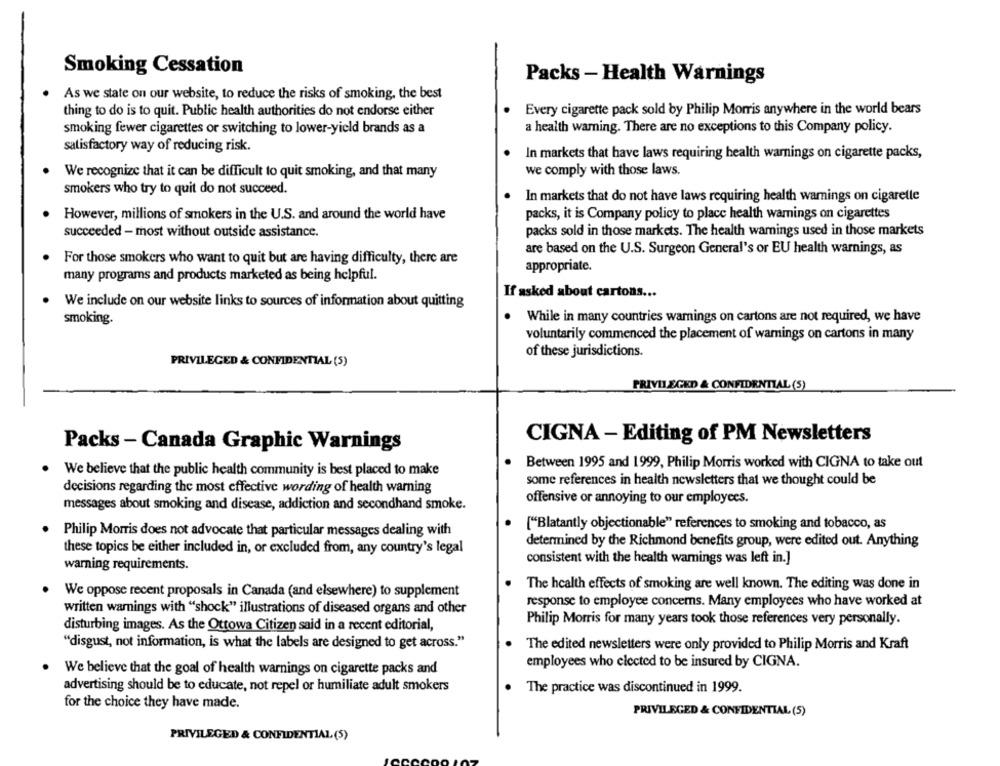
Smoking Cessation
Packs - Health Warnings
As we state on our website, to reduce the risks of smoking, the best
thing to do is to quit. Public health authorities do not endorse either
Every cigarette pack sold by Philip Morris anywhere in the world bears
smoking fewer cigarettes or switching to lower-yield brands as a
a health warning. There are no exceptions to this Company policy.
satisfactory way of reducing risk.
In markets that have laws requiring health warnings on cigarette packs,
We recognize that it can be difficult to quit smoking, and that many
we comply with those laws.
smokers who try to quit do not succeed.
In markets that do not have laws requiring health warnings on cigaretle
However, millions of smokers in the U.S. and around the world have
packs, it is Company policy to place health warnings on cigarettes
succeeded - most without outside assistance.
packs sold in those markets. The health warnings used in those markets
are based on the U.S. Surgeon General's or EU health warnings, as
For those smokers who want to quit but are having difficulty, there are
appropriate.
many programs and products marketed as being helpful.
If asked about cartons ...
We include on our website links to sources of information about quitting
smoking.
While in many countries warnings on cartons are not required, we have
voluntarily commenced the placement of warnings on cartons in many
of these jurisdictions.
PRIVILEGED & CONFIDENTIAL (5)
PRIVILEGED & CONFIDENTIAL (5)
CIGNA - Editing of PM Newsletters
Packs - Canada Graphic Warnings
Between 1995 and 1999, Philip Morris worked with CIGNA to take out
We believe that the public health community is best placed to make
some references in health newsletters that we thought could be
decisions regarding the most effective wording of health warning
messages about smoking and disease, addiction and secondhand smoke.
offensive or annoying to our employees.
["Blatantly objectionable" references to smoking and tobacco, as
Philip Morris does not advocate that particular messages dealing with
determined by the Richmond benefits group, were edited out. Anything
these topics be either included in, or excluded from, any country's legal
consistent with the health warnings was left in.]
warning requirements.
The health effects of smoking are well known. The editing was done in
We oppose recent proposals in Canada (and elsewhere) to supplement
response to employee concems. Many employees who have worked at
written warnings with "shock" illustrations of diseased organs and other
disturbing images. As the Ottowa Citizen said in a recent editorial,
Philip Morris for many years took those references very personally.
"disgust, not information, is what the labels are designed to get across."
The edited newsletters were only provided to Philip Morris and Kraft
employees who clected to be insured by CIGNA.
We believe that the goal of health warnings on cigarette packs and
advertising should be to educate, not repel or humiliate adult smokers
The practice was discontinued in 1999.
for the choice they have made.
PRIVILEGED & CONFIDENTIAL (5)
PRIVILEGED & CONFIDENTIAL (5)